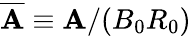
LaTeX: \overline{{\mathbf A}}\equiv{\mathbf A}/(B_{0}R_{0})